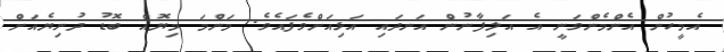
އެމީހުން އެންމެންވަނީ އެ އަލިފާނުން އަނދައި އަޅިއަށްވެފައެވެ. މަންމަ މިޔޮއް ބޮޑު ދުނިޔެއަށް